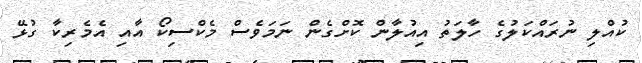
ކުއްލި ނުރައްކަލުގެ ހާލަތު އިއުލާން ކޮށްގެން ނަމަވެސް މެކްސިކޯ އާއި އެމެރިކާ ގުޅޭ